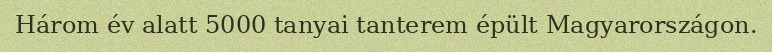
Három év alatt 5000 tanyai tanterem épült Magyarországon.